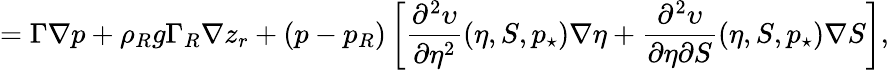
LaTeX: =\Gamma\nabla p+\rho_{R}g\Gamma_{R}\nabla z_{r}+(p-p_{R})\left[\frac{\partial^{2}\upsilon}{\partial\eta^{2}}(\eta,S,p_{\star})\nabla\eta+\frac{\partial^{2}\upsilon}{\partial\eta\partial S}(\eta,S,p_{\star})\nabla S\right],